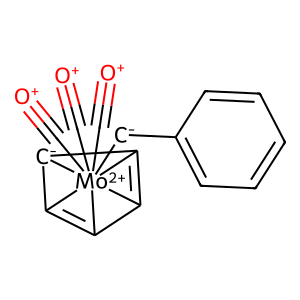
SMILES: [O+]#C[Mo+2]1234(C#[O+])(C#[O+])([CH-]c5ccccc5)C5=C1[C-]2C3=C54
Inhibits HIV replication: No